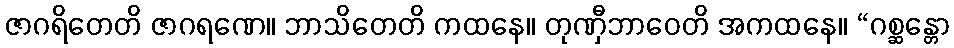
ဇာဂရိတေတိ ဇာဂရဏေ။ ဘာသိတေတိ ကထနေ။ တုဏှီဘာဝေတိ အကထနေ။ “ဂစ္ဆန္တော